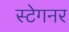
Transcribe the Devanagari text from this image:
स्टेगनर